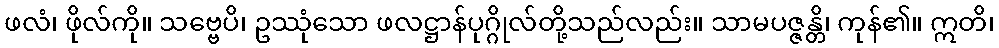
ဖလံ၊ ဖိုလ်ကို။ သဗ္ဗေပိ၊ ဥဿုံသော ဖလဋ္ဌာန်ပုဂ္ဂိုလ်တို့သည်လည်း။ သာမပဇ္ဇန္တိ၊ ကုန်၏။ ဣတိ၊